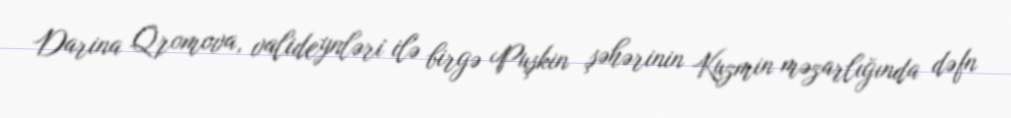
Darina Qromova, valideynləri ilə birgə Puşkin şəhərinin Kuzmin məzarlığında dəfn